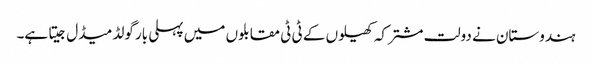
ہندوستان نے دولت مشترکہ کھیلوں کے ٹی ٹی مقابلوں میں پہلی بار گولڈ میڈل جیتا ہے۔